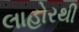
લાહોરથી